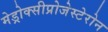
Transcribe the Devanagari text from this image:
मेड्रोक्सीप्रोजेस्टेरोन